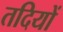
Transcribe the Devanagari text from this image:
तदियों